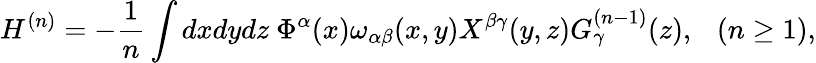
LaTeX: H^{(n)}=-\frac{1}{n}\int dxdydz~\Phi^{\alpha}(x)\omega_{\alpha\beta}(x,y)X^{\beta\gamma}(y,z)G_{\gamma}^{(n-1)}(z),~~~(n\geq 1),